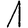
Digit: 1